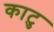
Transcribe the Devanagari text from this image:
काटु